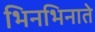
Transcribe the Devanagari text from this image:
भिनभिनाते